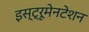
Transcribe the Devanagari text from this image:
इस्ट्रूमेनटेशन